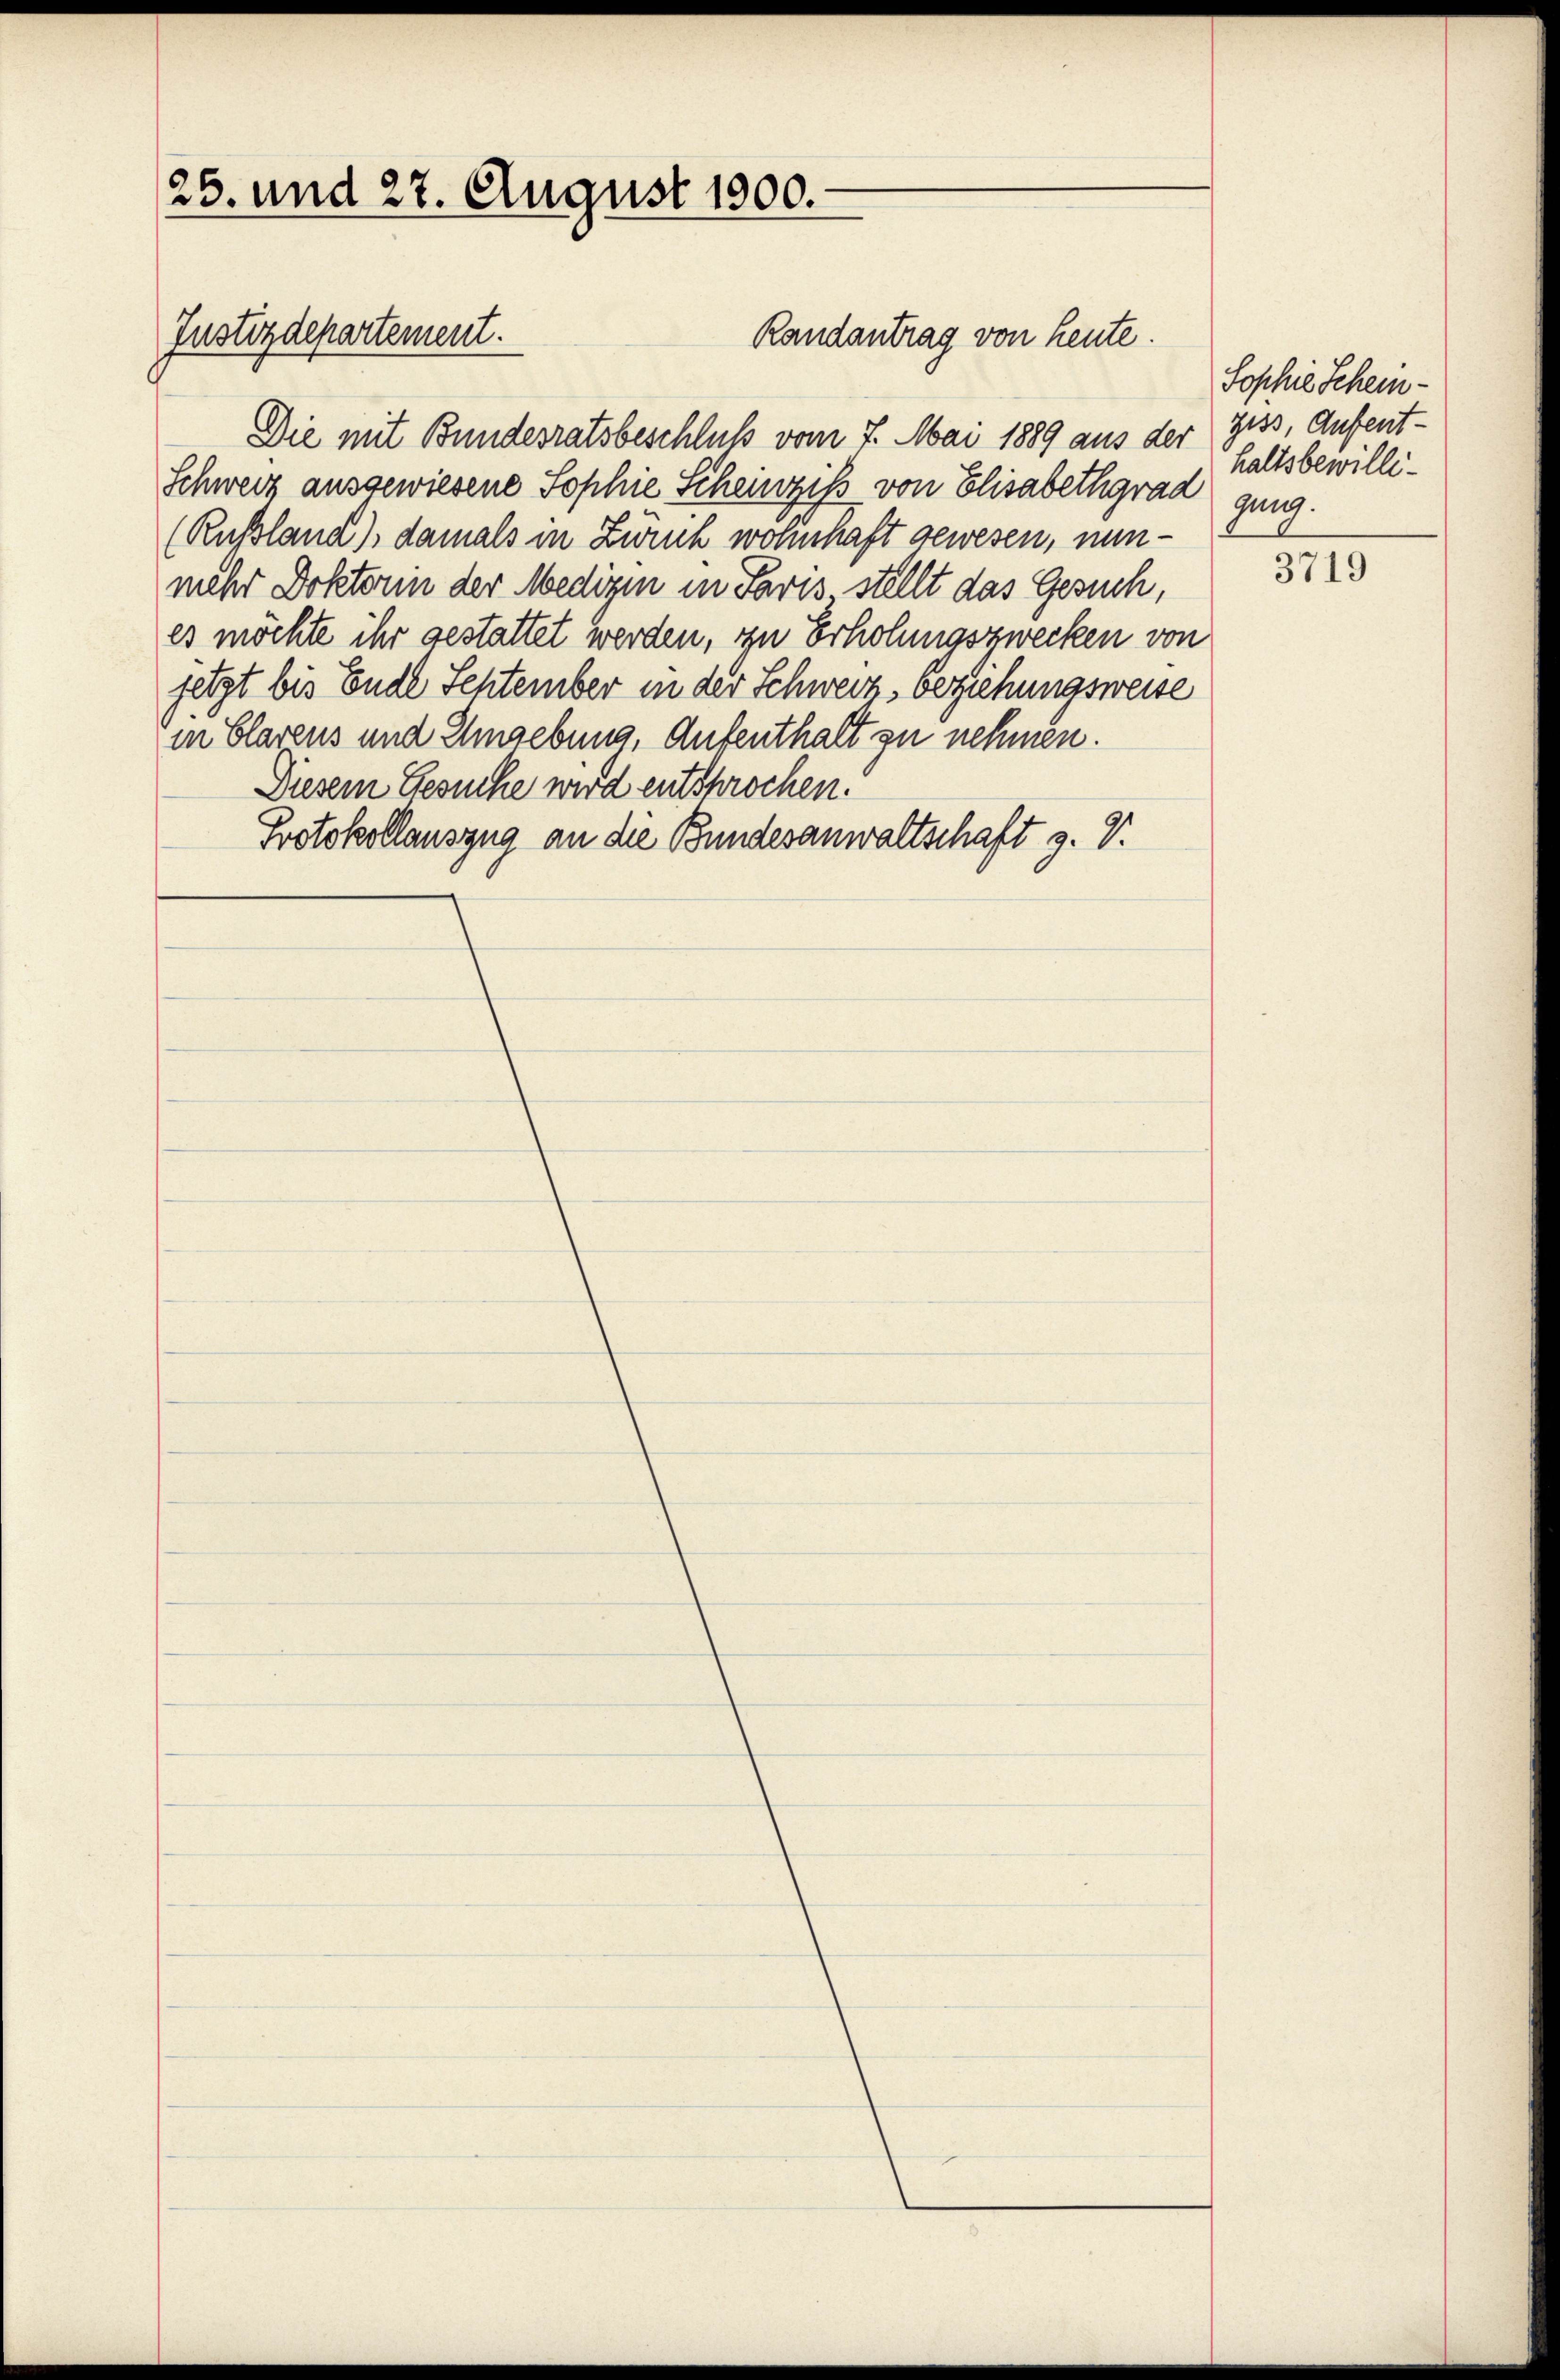
25. und 27. August 1900.-

Justizdepartement.

Randantrag von heute.

Die mit Bundesratsbeschluß vom 7. Mai 1889 aus der Ziss, Aufent¬
Schweiz ausgewiesene Sophie Scheinzigs von Elisabethgrad ging.
(Rußland), damals in Zürich wohnhaft gewesen, nunmehr Doktorin der Medizin in Paris stellt das Gesuch,
es möchte ihr gestattet werden, zu Erholungszwecken von
jetzt bis Ende Sehtember in der Schweiz beziehungsweise
in Clarens und Umgebung, Aufenthalt zu nehmen.
Diesem Gesuche wird entsprochen.
Protokollauszug an die Bundesanwaltschaft z. V.

Sophie Scheinhaltsbewilli¬

3719